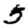
Digit: 5